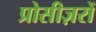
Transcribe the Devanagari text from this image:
प्रोसीज़रों